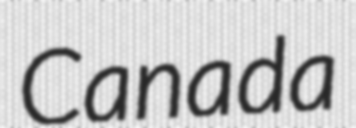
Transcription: Canada